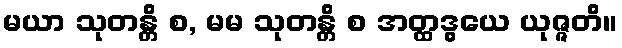
မယာ သုတန္တိ စ, မမ သုတန္တိ စ အတ္ထဒွယေ ယုဇ္ဇတိ။